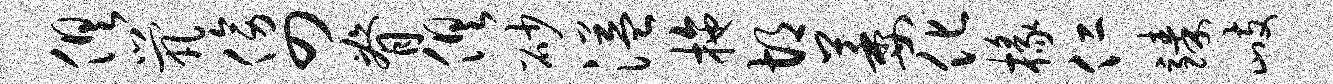
俱茕傍四脊俱砂溢拖胡萎化椽仁臻歧